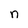
Character: n